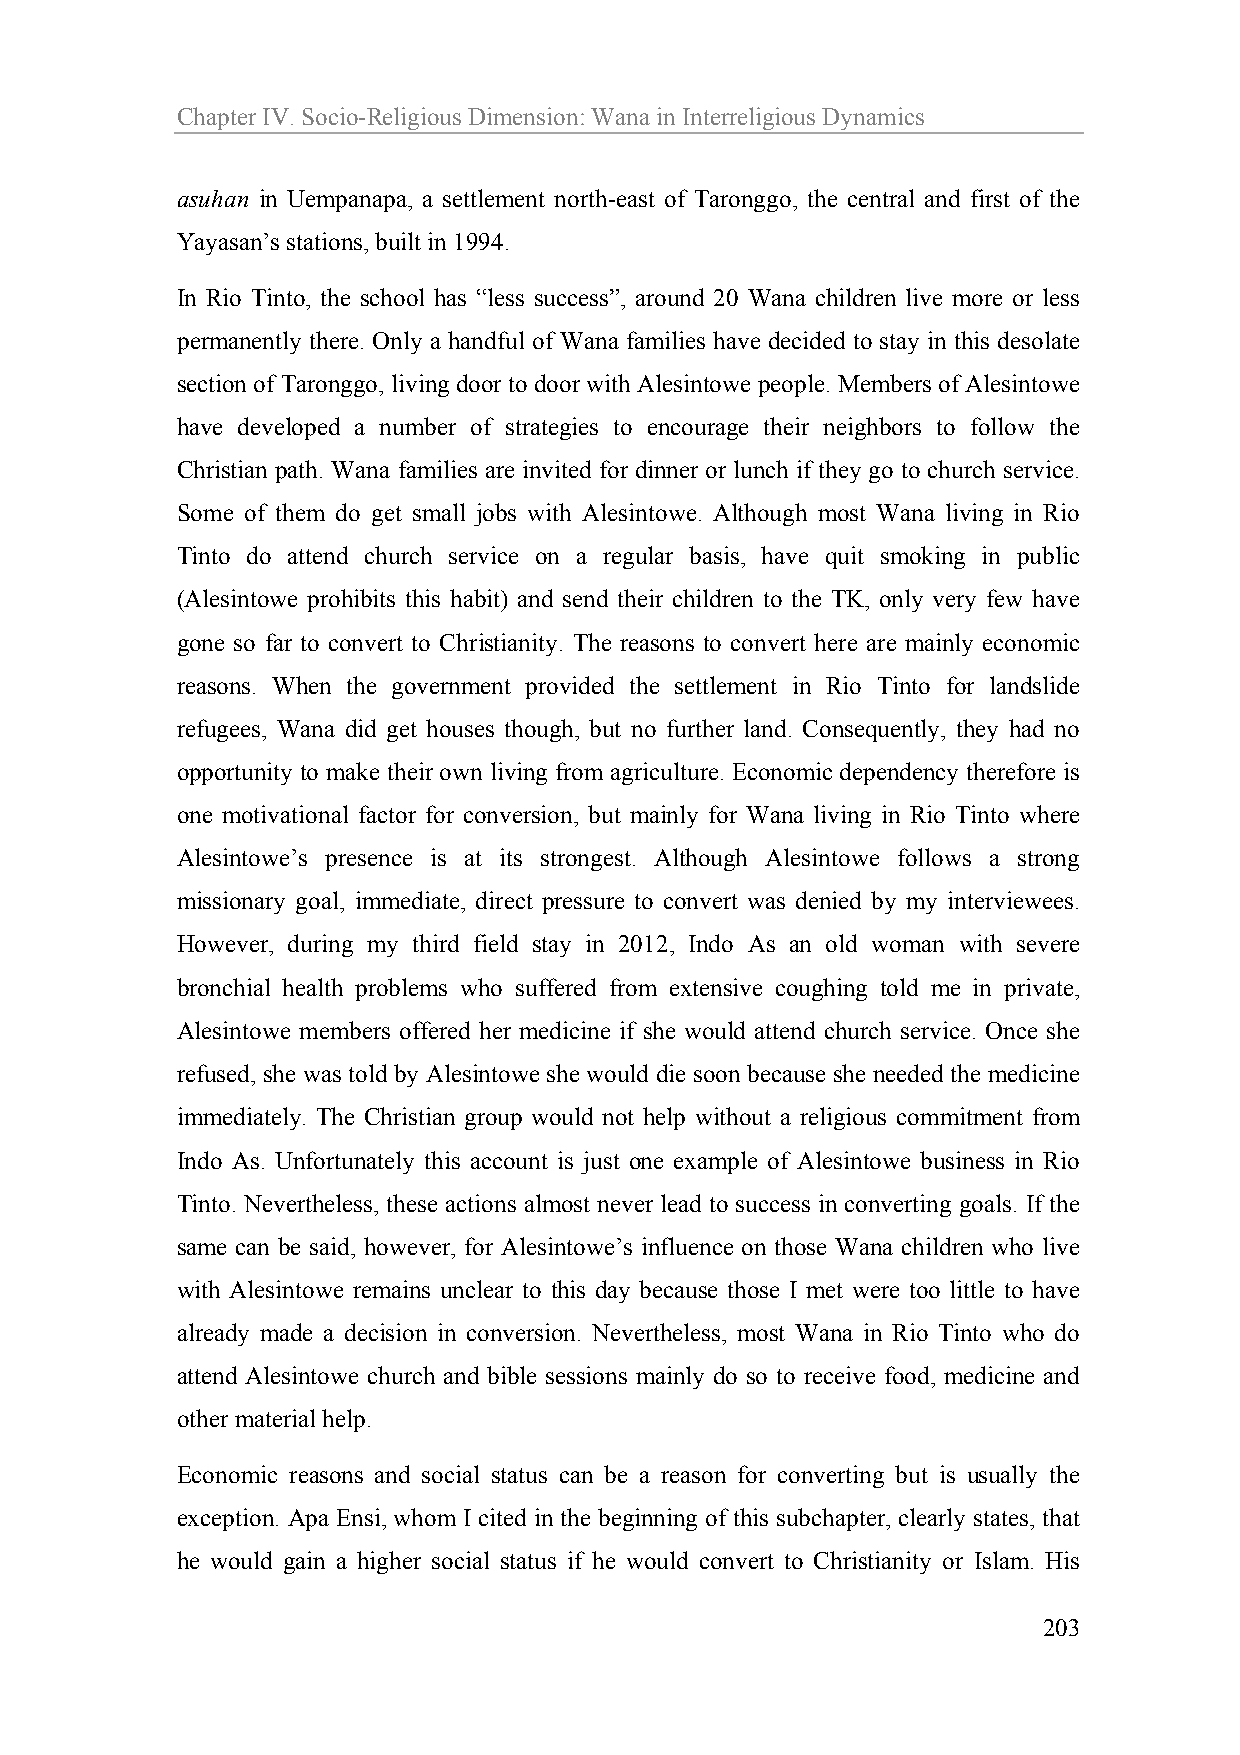
Chapter IV. Socio-Religious Dimension: Wana in Interreligious Dynamics
 asuhan in Uempanapa, a settlement north-east of Taronggo, the central and first of the
 Yayasan’s stations, built in 1994.
 In Rio Tinto, the school has “less success”, around 20 Wana children live more or less
 permanently there. Only a handful of Wana families have decided to stay in this desolate
 section of Taronggo, living door to door with Alesintowe people. Members of Alesintowe
 have developed a number of strategies to encourage their neighbors to follow the
 Christian path. Wana families are invited for dinner or lunch if they go to church service.
 Some of them do get small jobs with Alesintowe. Although most Wana living in Rio
 Tinto do attend church service on a regular basis, have quit smoking in public
 (Alesintowe prohibits this habit) and send their children to the TK, only very few have
 gone so far to convert to Christianity. The reasons to convert here are mainly economic
 reasons. When the government provided the settlement in Rio Tinto for landslide
 refugees, Wana did get houses though, but no further land. Consequently, they had no
 opportunity to make their own living from agriculture. Economic dependency therefore is
 one motivational factor for conversion, but mainly for Wana living in Rio Tinto where
 Alesintowe’s presence is at its strongest. Although Alesintowe follows a strong
 missionary goal, immediate, direct pressure to convert was denied by my interviewees.
 However, during my third field stay in 2012, Indo As an old woman with severe
 bronchial health problems who suffered from extensive coughing told me in private,
 Alesintowe members offered her medicine if she would attend church service. Once she
 refused, she was told by Alesintowe she would die soon because she needed the medicine
 immediately. The Christian group would not help without a religious commitment from
 Indo As. Unfortunately this account is just one example of Alesintowe business in Rio
 Tinto. Nevertheless, these actions almost never lead to success in converting goals. If the
 same can be said, however, for Alesintowe’s influence on those Wana children who live
 with Alesintowe remains unclear to this day because those I met were too little to have
 already made a decision in conversion. Nevertheless, most Wana in Rio Tinto who do
 attend Alesintowe church and bible sessions mainly do so to receive food, medicine and
 other material help.
 Economic reasons and social status can be a reason for converting but is usually the
 exception. Apa Ensi, whom I cited in the beginning of this subchapter, clearly states, that
 he would gain a higher social status if he would convert to Christianity or Islam. His
 203